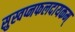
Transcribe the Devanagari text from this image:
सुस्वप्नफलदायकम्